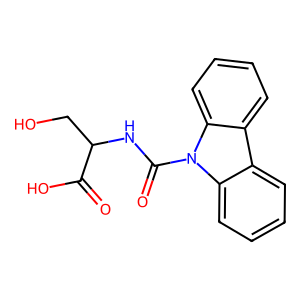
SMILES: O=C(O)C(CO)NC(=O)n1c2ccccc2c2ccccc21
Inhibits HIV replication: No